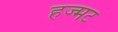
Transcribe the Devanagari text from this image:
हज्मट